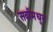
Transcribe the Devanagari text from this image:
सर्वांमधून